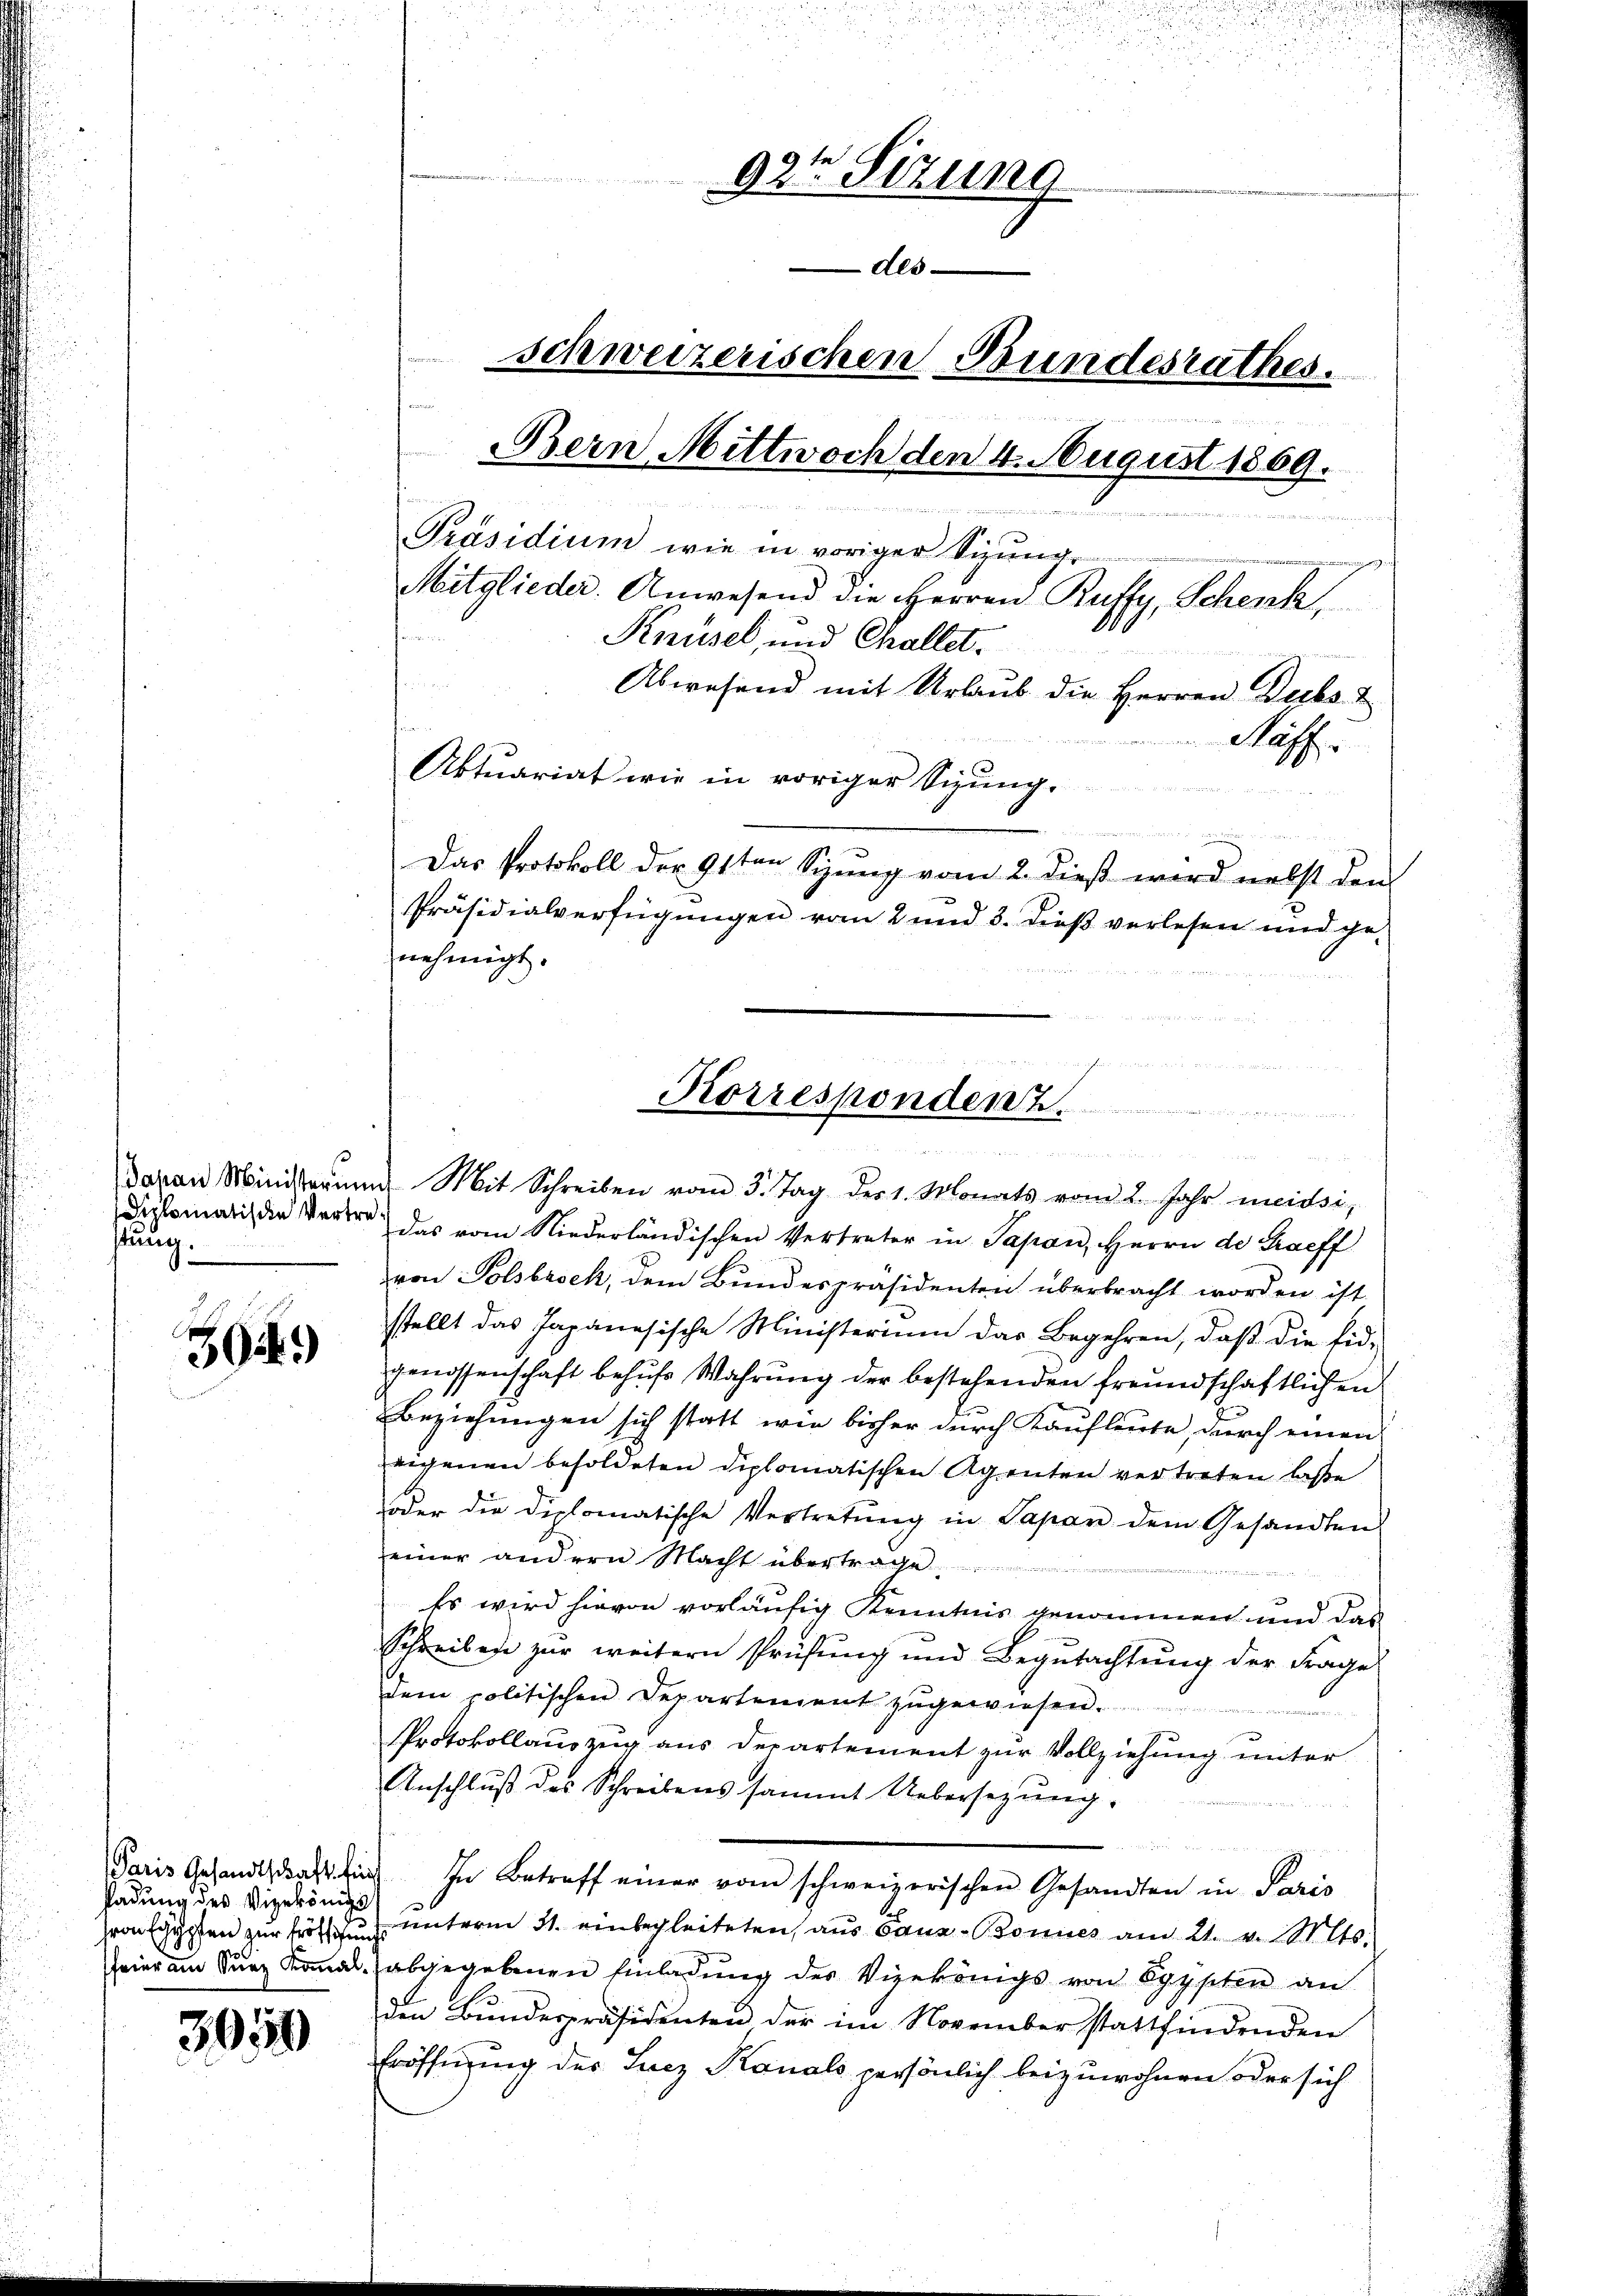
stung.

39.)

sadung des Vizekönigs

3,059

Diplomatis die Vertre das vom Niederländischen Vertreter in Papan, Herrn de Graeff
von Polsbesch, dem Bundespräsidenten überbracht worden ist
stellt das Japanesische Ministerium das Begehren, daß die Eid-
genossenschaft behŭfs Wahrŭng der bestehenden freundschaftlichen
Beziehungen sich statt wie bisher durch Kaufleute, durch einen
eigenen besoldeten diplomatischen Agenten vertreten lasse
oder die diplomatische Vertretŭng in Papan dem Gesandten
einer andern Nacht übertrage
Es wird hievon vorläufig Kenntnis genommen und das
Schreiben zur weitern Prüfung und Begutachtung der Frage
dem politischen Departement zugewiesen.
Protokollauszug aus Departement zur Vollziehung unter
Anschluß des Schreibens sammt Uebersezung.
Paris Gesandtschaft fin. In Betreff einer vom schweizerischen Gesandten in Paris
ron Egypten zur froh unterm 31. einbegleiteten, aus Ganz Bonnes am 21. v. Mts.
feier am Kurz Kanal abgegebenen Einladung des Vizekönigs von Opppten an
den Bundespräsidenten der im November stattfindenden
Eröffnung des Lucz Kanals persönlich beizuwohnen oder sich

.

92te Sizung
Als
schweizerischen Bundesrathes.
Bern, Mittwoch den 4. August 1869.
e
Präsidium wie in voriger Sizung
miteinen ging
Mitglieder. Anwesend die Herren Ruffy, Schenk
e
Knüsel, und Challet.
s
Abwesend mit Urlaub die Herren Dubs z
Haff.
Aktuariat wie in voriger Sizung.

Das Protokoll der 91ten Spung vom 2. dieß wird nebst den
Präsidialverfügungen vom 2 und 3. dieß verlesen und ge-
nehmigt.
Korrespondenz.
n

2 x
Daran Ministerŭng Mit Schreiben vom 3. Tag der 1. Monats vom 2. Jahr meidsi,